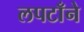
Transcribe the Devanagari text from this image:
लपटाँने